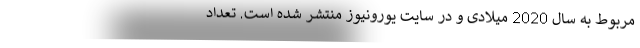
مربوط به سال 2020 میلادی و در سایت یورونیوز منتشر شده است. تعداد